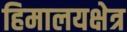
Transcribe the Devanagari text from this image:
हिमालयक्षेत्र